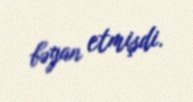
bəyan etmişdi.